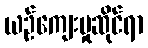
ယဉ်ကျေးမှုဆိုင်ရာ